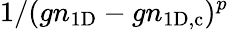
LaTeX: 1/(gn_{\mathrm{1D}}-gn_{\mathrm{1D,c}})^{p}